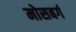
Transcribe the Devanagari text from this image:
मोसबर्ग